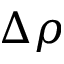
\Delta \rho